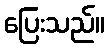
ပြေးသည်။